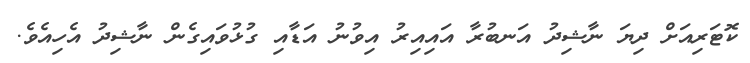
ކޮޓަރިއަށް ދިޔަ ނާޝިދު އަނބުރާ އައިއިރު އިވުނު އަޑާއި ގުޅުވައިގެން ނާޝިދު އެހިއެވެ.